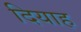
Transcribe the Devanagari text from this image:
दियाह